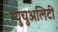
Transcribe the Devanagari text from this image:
म्युचुअलिटी